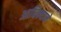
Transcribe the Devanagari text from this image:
आधिक्याने